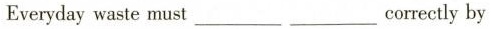
Everydaywaste must___ ___correctly by